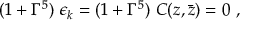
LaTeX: ( 1 + \Gamma ^ { 5 } ) \; \epsilon _ { k } = ( 1 + \Gamma ^ { 5 } ) \; C ( z , \bar { z } ) = 0 \ ,